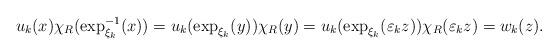
LaTeX: \begin{align*}u_{k}(x)\chi_{R}(\exp_{\xi_{k}}^{-1}(x))=u_{k}(\exp_{\xi_{k}}(y))\chi_{R}(y)=u_{k}(\exp_{\xi_{k}}(\varepsilon_{k}z))\chi_{R}(\varepsilon_{k}z)=w_{k}(z).\end{align*}